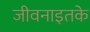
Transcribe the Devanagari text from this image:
जीवनाइतके